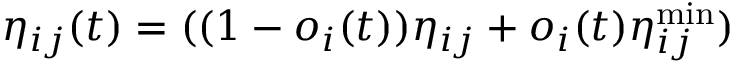
\eta _ { i j } ( t ) = ( ( 1 - o _ { i } ( t ) ) \eta _ { i j } + o _ { i } ( t ) \eta _ { i j } ^ { \operatorname* { m i n } } )